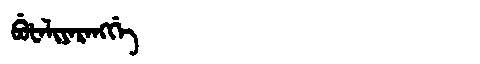
Manchu: ᠪᡠᡶᠠᠯᡳᠶᠠᡵᠠᠩᡤᡝ
Romanization: BUFALIYARANGGE